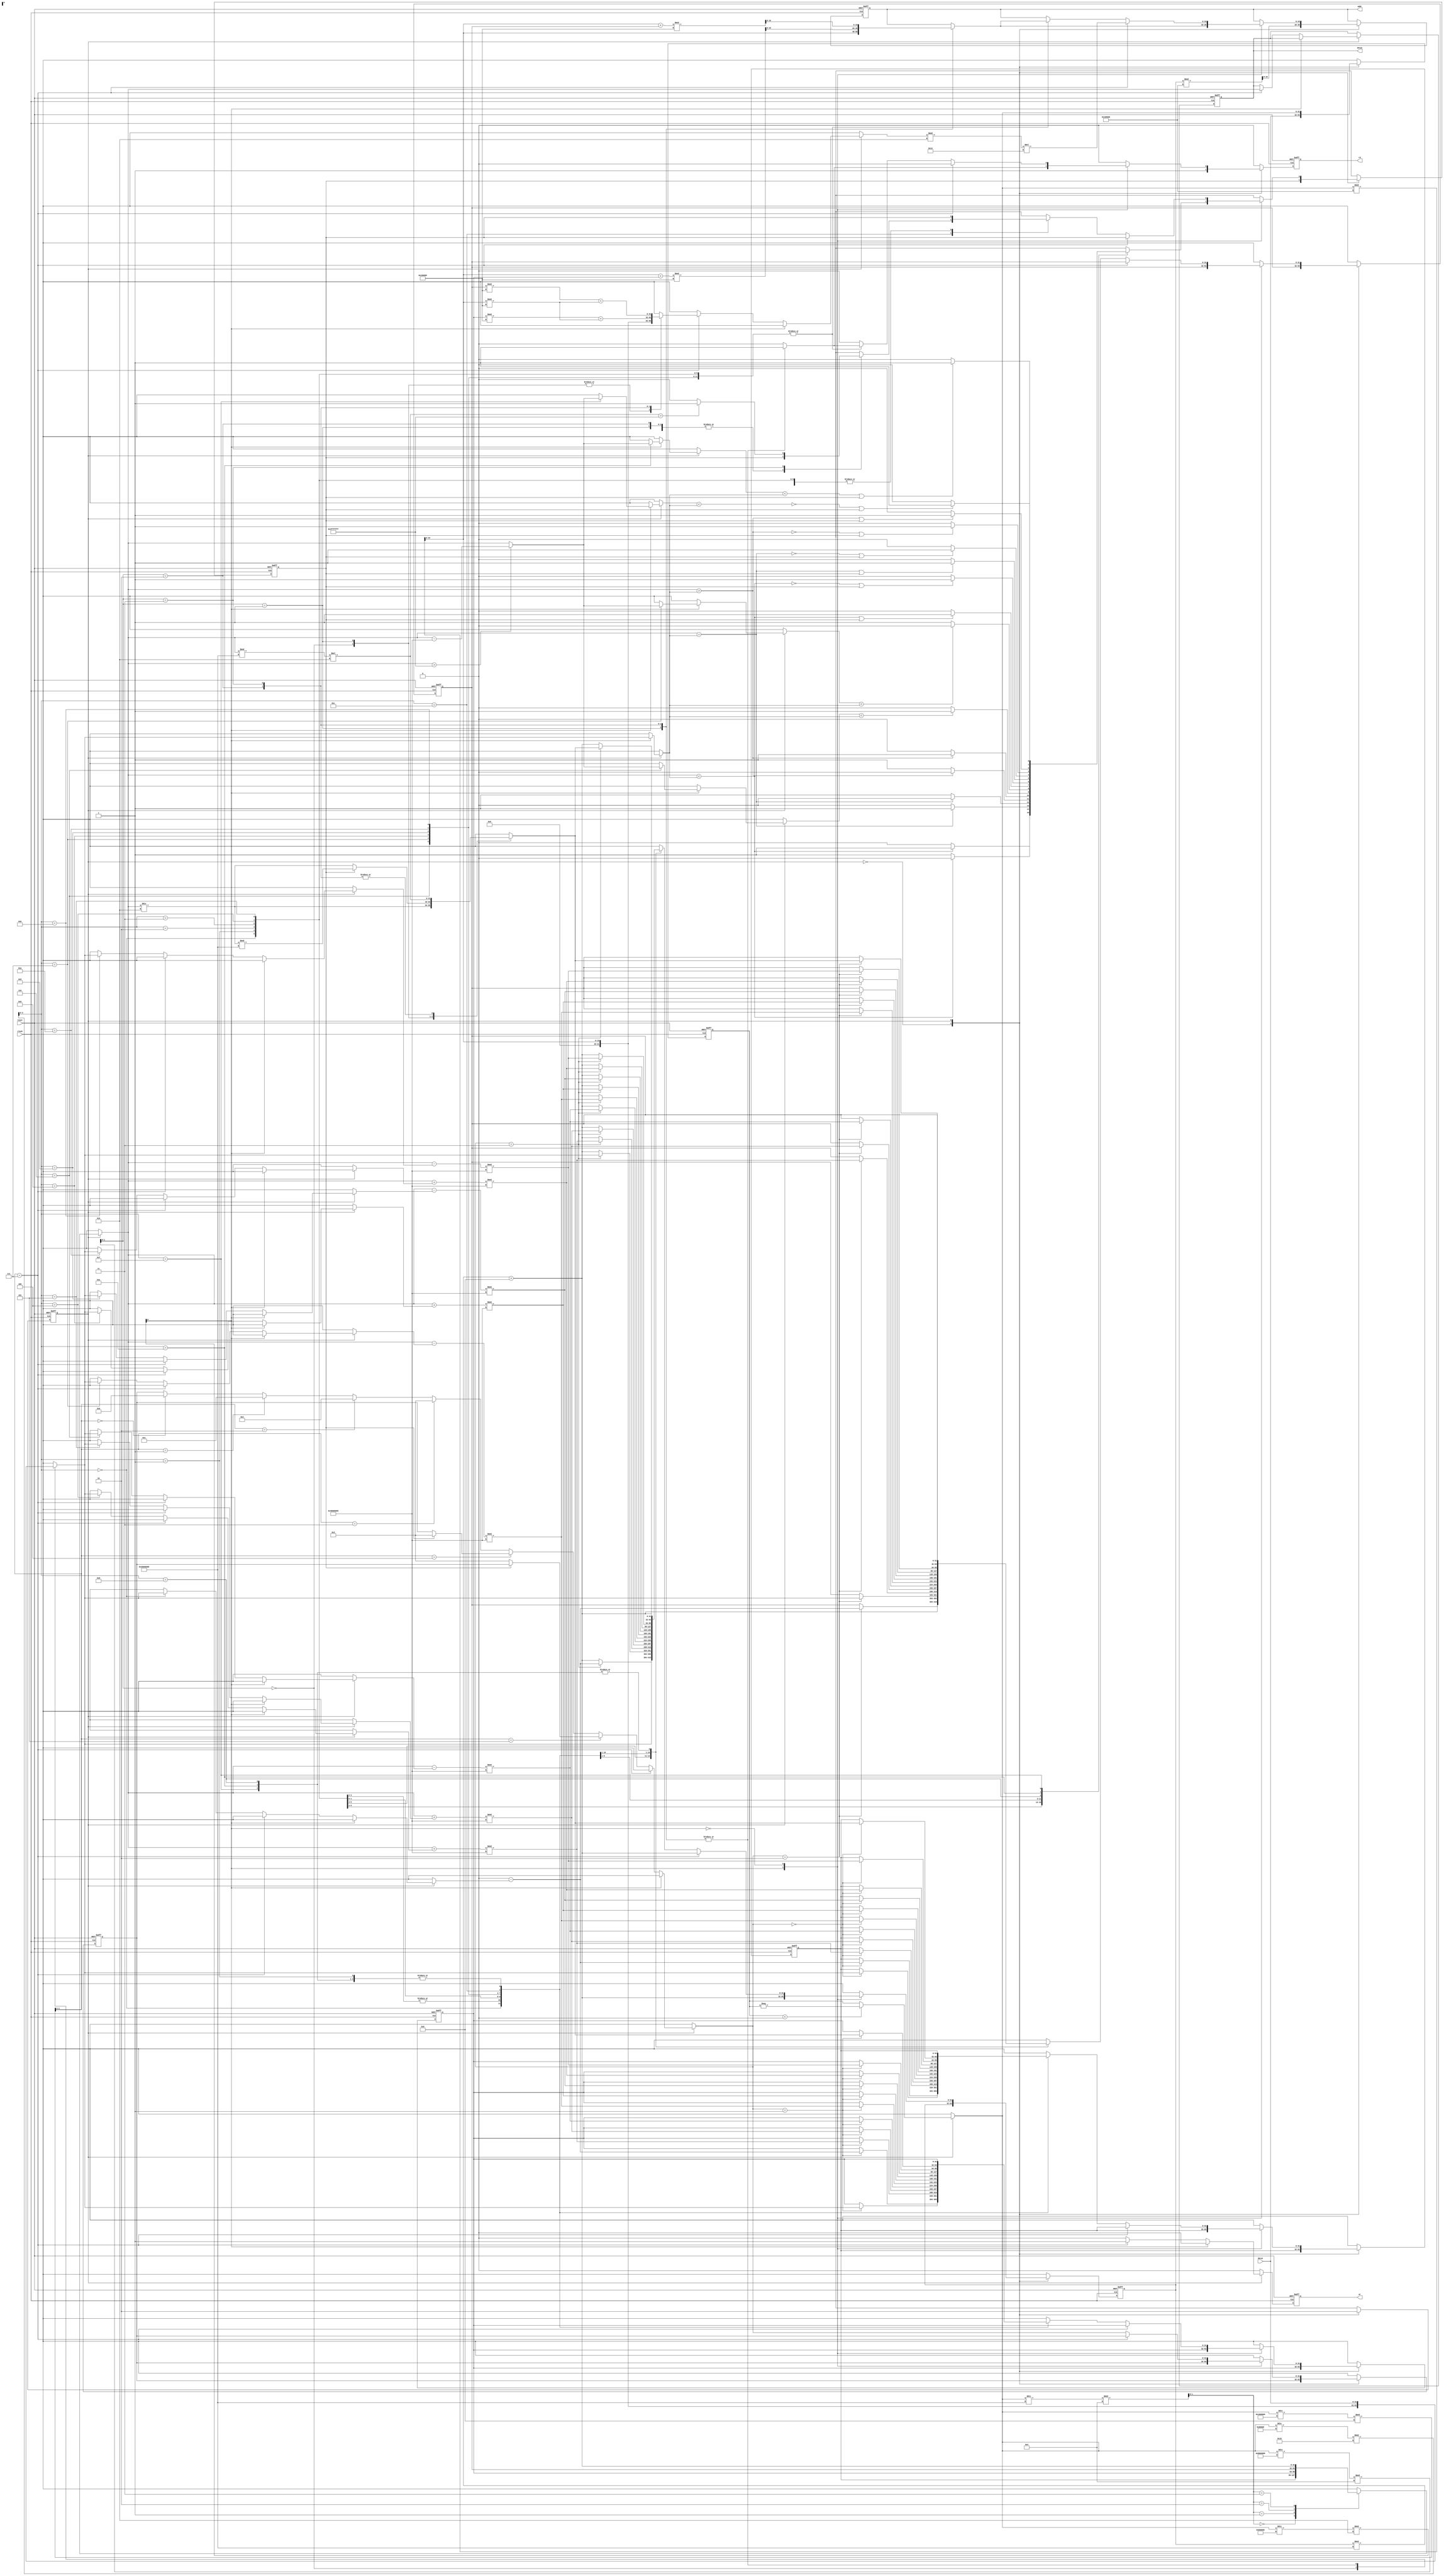
// This program was cloned from: https://github.com/HKUSTGZ-MICS-LYU/FlattenRTL
// License: MIT License

module b14 (
  input clock,
  input reset,
  output reg  [19:0] addr,
  input [31:0] datai,
  output integer datao,
  output reg  rd,
  output reg  wr) ; 
 parameter FETCH =0; 
 parameter EXEC =1; 
   reg [1:0] s ;  
   integer temp ;  
   integer d ;  
   integer t ;  
   integer m ;  
   integer r ;  
   reg [0:0] state ;  
   integer IR ;  
   reg [19:0] tail ;  
   reg [3:0] ff ;  
   reg [0:0] cf ;  
   reg [2:0] df ;  
   reg [1:0] mf ;  
   integer MBR ;  
   reg [19:0] MAR ;  
   reg B ;  
   integer reg3 ;  
   integer reg2 ;  
   integer reg1 ;  
   integer reg0 ;  
  always @(  posedge clock or  posedge reset)
       begin :xhdl0
         if (reset==1'b1)
            begin 
              MAR =0;
              MBR =0;
              IR =0;
              d =0;
              r =0;
              m =0;
              s =0;
              temp =0;
              mf =0;
              df =0;
              ff =0;
              cf =0;
              tail =0;
              B =1'b0;
              reg0 =0;
              reg1 =0;
              reg2 =0;
              reg3 =0;
              addr <=0;
              rd <=1'b0;
              wr <=1'b0;
              datao <=0;
              state =FETCH;
            end 
          else 
            begin 
              rd <=1'b0;
              wr <=1'b0;
              case (state)
               FETCH :
                  begin 
                    MAR =reg3%2**20;
                    addr <=MAR;
                    rd <=1'b1;
                    MBR =datai;
                    IR =MBR;
                    state =EXEC;
                  end 
               EXEC :
                  begin 
                    if (IR<0)
                       IR =-IR;
                    mf =(IR/2**27)%4;
                    df =(IR/2**24)%2**3;
                    ff =(IR/2**19)%2**4;
                    cf =(IR/2**23)%2;
                    tail =IR%2**20;
                    reg3 =((reg3%2**29)+8);
                    s =(IR/2**29)%4;
                    case (s)
                     0 :
                        r =reg0;
                     1 :
                        r =reg1;
                     2 :
                        r =reg2;
                     3 :
                        r =reg3;
                    endcase 
                    case (cf)
                     1 :
                        begin 
                          case (mf)
                           0 :
                              m =tail;
                           1 :
                              begin 
                                m =datai;
                                addr <=tail;
                                rd <=1'b1;
                              end 
                           2 :
                              begin 
                                addr <=(tail+reg1)%2**20;
                                rd <=1'b1;
                                m =datai;
                              end 
                           3 :
                              begin 
                                addr <=(tail+reg2)%2**20;
                                rd <=1'b1;
                                m =datai;
                              end 
                          endcase 
                          case (ff)
                           0 :
                              if (r<m)
                                 B =1'b1;
                               else 
                                 B =1'b0;
                           1 :
                              if (~(r<m))
                                 B =1'b1;
                               else 
                                 B =1'b0;
                           2 :
                              if (r==m)
                                 B =1'b1;
                               else 
                                 B =1'b0;
                           3 :
                              if (~(r==m))
                                 B =1'b1;
                               else 
                                 B =1'b0;
                           4 :
                              if (~(r>m))
                                 B =1'b1;
                               else 
                                 B =1'b0;
                           5 :
                              if (r>m)
                                 B =1'b1;
                               else 
                                 B =1'b0;
                           6 :
                              begin 
                                if (r>2**30-1)
                                   r =r-2**30;
                                if (r<m)
                                   B =1'b1;
                                 else 
                                   B =1'b0;
                              end 
                           7 :
                              begin 
                                if (r>2**30-1)
                                   r =r-2**30;
                                if (~(r<m))
                                   B =1'b1;
                                 else 
                                   B =1'b0;
                              end 
                           8 :
                              if ((r<m)|(B==1'b1))
                                 B =1'b1;
                               else 
                                 B =1'b0;
                           9 :
                              if ((~(r<m))|(B==1'b1))
                                 B =1'b1;
                               else 
                                 B =1'b0;
                           10 :
                              if ((r==m)|(B==1'b1))
                                 B =1'b1;
                               else 
                                 B =1'b0;
                           11 :
                              if ((~(r==m))|(B==1'b1))
                                 B =1'b1;
                               else 
                                 B =1'b0;
                           12 :
                              if ((~(r>m))|(B==1'b1))
                                 B =1'b1;
                               else 
                                 B =1'b0;
                           13 :
                              if ((r>m)|(B==1'b1))
                                 B =1'b1;
                               else 
                                 B =1'b0;
                           14 :
                              begin 
                                if (r>2**30-1)
                                   r =r-2**30;
                                if ((r<m)|(B==1'b1))
                                   B =1'b1;
                                 else 
                                   B =1'b0;
                              end 
                           15 :
                              begin 
                                if (r>2**30-1)
                                   r =r-2**30;
                                if ((~(r<m))|(B==1'b1))
                                   B =1'b1;
                                 else 
                                   B =1'b0;
                              end 
                          endcase 
                        end 
                     0 :
                        if (~(df==7))
                           begin 
                             if (df==5)
                                begin 
                                  if ((~(B))==1'b1)
                                     d =3;
                                end 
                              else 
                                if (df==4)
                                   begin 
                                     if (B==1'b1)
                                        d =3;
                                   end 
                                 else 
                                   if (df==3)
                                      d =3;
                                    else 
                                      if (df==2)
                                         d =2;
                                       else 
                                         if (df==1)
                                            d =1;
                                          else 
                                            if (df==0)
                                               d =0;
                             case (ff)
                              0 :
                                 begin 
                                   case (mf)
                                    0 :
                                       m =tail;
                                    1 :
                                       begin 
                                         m =datai;
                                         addr <=tail;
                                         rd <=1'b1;
                                       end 
                                    2 :
                                       begin 
                                         addr <=(tail+reg1)%2**20;
                                         rd <=1'b1;
                                         m =datai;
                                       end 
                                    3 :
                                       begin 
                                         addr <=(tail+reg2)%2**20;
                                         rd <=1'b1;
                                         m =datai;
                                       end 
                                   endcase 
                                   t =0;
                                   case (d)
                                    0 :
                                       reg0 =t-m;
                                    1 :
                                       reg1 =t-m;
                                    2 :
                                       reg2 =t-m;
                                    3 :
                                       reg3 =t-m;
                                    default :;
                                   endcase 
                                 end 
                              1 :
                                 begin 
                                   case (mf)
                                    0 :
                                       m =tail;
                                    1 :
                                       begin 
                                         m =datai;
                                         addr <=tail;
                                         rd <=1'b1;
                                       end 
                                    2 :
                                       begin 
                                         addr <=(tail+reg1)%2**20;
                                         rd <=1'b1;
                                         m =datai;
                                       end 
                                    3 :
                                       begin 
                                         addr <=(tail+reg2)%2**20;
                                         rd <=1'b1;
                                         m =datai;
                                       end 
                                   endcase 
                                   reg2 =reg3;
                                   reg3 =m;
                                 end 
                              2 :
                                 begin 
                                   case (mf)
                                    0 :
                                       m =tail;
                                    1 :
                                       begin 
                                         m =datai;
                                         addr <=tail;
                                         rd <=1'b1;
                                       end 
                                    2 :
                                       begin 
                                         addr <=(tail+reg1)%2**20;
                                         rd <=1'b1;
                                         m =datai;
                                       end 
                                    3 :
                                       begin 
                                         addr <=(tail+reg2)%2**20;
                                         rd <=1'b1;
                                         m =datai;
                                       end 
                                   endcase 
                                   case (d)
                                    0 :
                                       reg0 =m;
                                    1 :
                                       reg1 =m;
                                    2 :
                                       reg2 =m;
                                    3 :
                                       reg3 =m;
                                    default :;
                                   endcase 
                                 end 
                              3 :
                                 begin 
                                   case (mf)
                                    0 :
                                       m =tail;
                                    1 :
                                       begin 
                                         m =datai;
                                         addr <=tail;
                                         rd <=1'b1;
                                       end 
                                    2 :
                                       begin 
                                         addr <=(tail+reg1)%2**20;
                                         rd <=1'b1;
                                         m =datai;
                                       end 
                                    3 :
                                       begin 
                                         addr <=(tail+reg2)%2**20;
                                         rd <=1'b1;
                                         m =datai;
                                       end 
                                   endcase 
                                   case (d)
                                    0 :
                                       reg0 =m;
                                    1 :
                                       reg1 =m;
                                    2 :
                                       reg2 =m;
                                    3 :
                                       reg3 =m;
                                    default :;
                                   endcase 
                                 end 
                              4 :
                                 begin 
                                   case (mf)
                                    0 :
                                       m =tail;
                                    1 :
                                       begin 
                                         m =datai;
                                         addr <=tail;
                                         rd <=1'b1;
                                       end 
                                    2 :
                                       begin 
                                         addr <=(tail+reg1)%2**20;
                                         rd <=1'b1;
                                         m =datai;
                                       end 
                                    3 :
                                       begin 
                                         addr <=(tail+reg2)%2**20;
                                         rd <=1'b1;
                                         m =datai;
                                       end 
                                   endcase 
                                   case (d)
                                    0 :
                                       reg0 =(r+m)%2**30;
                                    1 :
                                       reg1 =(r+m)%2**30;
                                    2 :
                                       reg2 =(r+m)%2**30;
                                    3 :
                                       reg3 =(r+m)%2**30;
                                    default :;
                                   endcase 
                                 end 
                              5 :
                                 begin 
                                   case (mf)
                                    0 :
                                       m =tail;
                                    1 :
                                       begin 
                                         m =datai;
                                         addr <=tail;
                                         rd <=1'b1;
                                       end 
                                    2 :
                                       begin 
                                         addr <=(tail+reg1)%2**20;
                                         rd <=1'b1;
                                         m =datai;
                                       end 
                                    3 :
                                       begin 
                                         addr <=(tail+reg2)%2**20;
                                         rd <=1'b1;
                                         m =datai;
                                       end 
                                   endcase 
                                   case (d)
                                    0 :
                                       reg0 =(r+m)%2**30;
                                    1 :
                                       reg1 =(r+m)%2**30;
                                    2 :
                                       reg2 =(r+m)%2**30;
                                    3 :
                                       reg3 =(r+m)%2**30;
                                    default :;
                                   endcase 
                                 end 
                              6 :
                                 begin 
                                   case (mf)
                                    0 :
                                       m =tail;
                                    1 :
                                       begin 
                                         m =datai;
                                         addr <=tail;
                                         rd <=1'b1;
                                       end 
                                    2 :
                                       begin 
                                         addr <=(tail+reg1)%2**20;
                                         rd <=1'b1;
                                         m =datai;
                                       end 
                                    3 :
                                       begin 
                                         addr <=(tail+reg2)%2**20;
                                         rd <=1'b1;
                                         m =datai;
                                       end 
                                   endcase 
                                   case (d)
                                    0 :
                                       reg0 =(r-m)%2**30;
                                    1 :
                                       reg1 =(r-m)%2**30;
                                    2 :
                                       reg2 =(r-m)%2**30;
                                    3 :
                                       reg3 =(r-m)%2**30;
                                    default :;
                                   endcase 
                                 end 
                              7 :
                                 begin 
                                   case (mf)
                                    0 :
                                       m =tail;
                                    1 :
                                       begin 
                                         m =datai;
                                         addr <=tail;
                                         rd <=1'b1;
                                       end 
                                    2 :
                                       begin 
                                         addr <=(tail+reg1)%2**20;
                                         rd <=1'b1;
                                         m =datai;
                                       end 
                                    3 :
                                       begin 
                                         addr <=(tail+reg2)%2**20;
                                         rd <=1'b1;
                                         m =datai;
                                       end 
                                   endcase 
                                   case (d)
                                    0 :
                                       reg0 =(r-m)%2**30;
                                    1 :
                                       reg1 =(r-m)%2**30;
                                    2 :
                                       reg2 =(r-m)%2**30;
                                    3 :
                                       reg3 =(r-m)%2**30;
                                    default :;
                                   endcase 
                                 end 
                              8 :
                                 begin 
                                   case (mf)
                                    0 :
                                       m =tail;
                                    1 :
                                       begin 
                                         m =datai;
                                         addr <=tail;
                                         rd <=1'b1;
                                       end 
                                    2 :
                                       begin 
                                         addr <=(tail+reg1)%2**20;
                                         rd <=1'b1;
                                         m =datai;
                                       end 
                                    3 :
                                       begin 
                                         addr <=(tail+reg2)%2**20;
                                         rd <=1'b1;
                                         m =datai;
                                       end 
                                   endcase 
                                   case (d)
                                    0 :
                                       reg0 =(r+m)%2**30;
                                    1 :
                                       reg1 =(r+m)%2**30;
                                    2 :
                                       reg2 =(r+m)%2**30;
                                    3 :
                                       reg3 =(r+m)%2**30;
                                    default :;
                                   endcase 
                                 end 
                              9 :
                                 begin 
                                   case (mf)
                                    0 :
                                       m =tail;
                                    1 :
                                       begin 
                                         m =datai;
                                         addr <=tail;
                                         rd <=1'b1;
                                       end 
                                    2 :
                                       begin 
                                         addr <=(tail+reg1)%2**20;
                                         rd <=1'b1;
                                         m =datai;
                                       end 
                                    3 :
                                       begin 
                                         addr <=(tail+reg2)%2**20;
                                         rd <=1'b1;
                                         m =datai;
                                       end 
                                   endcase 
                                   case (d)
                                    0 :
                                       reg0 =(r-m)%2**30;
                                    1 :
                                       reg1 =(r-m)%2**30;
                                    2 :
                                       reg2 =(r-m)%2**30;
                                    3 :
                                       reg3 =(r-m)%2**30;
                                    default :;
                                   endcase 
                                 end 
                              10 :
                                 begin 
                                   case (mf)
                                    0 :
                                       m =tail;
                                    1 :
                                       begin 
                                         m =datai;
                                         addr <=tail;
                                         rd <=1'b1;
                                       end 
                                    2 :
                                       begin 
                                         addr <=(tail+reg1)%2**20;
                                         rd <=1'b1;
                                         m =datai;
                                       end 
                                    3 :
                                       begin 
                                         addr <=(tail+reg2)%2**20;
                                         rd <=1'b1;
                                         m =datai;
                                       end 
                                   endcase 
                                   case (d)
                                    0 :
                                       reg0 =(r+m)%2**30;
                                    1 :
                                       reg1 =(r+m)%2**30;
                                    2 :
                                       reg2 =(r+m)%2**30;
                                    3 :
                                       reg3 =(r+m)%2**30;
                                    default :;
                                   endcase 
                                 end 
                              11 :
                                 begin 
                                   case (mf)
                                    0 :
                                       m =tail;
                                    1 :
                                       begin 
                                         m =datai;
                                         addr <=tail;
                                         rd <=1'b1;
                                       end 
                                    2 :
                                       begin 
                                         addr <=(tail+reg1)%2**20;
                                         rd <=1'b1;
                                         m =datai;
                                       end 
                                    3 :
                                       begin 
                                         addr <=(tail+reg2)%2**20;
                                         rd <=1'b1;
                                         m =datai;
                                       end 
                                   endcase 
                                   case (d)
                                    0 :
                                       reg0 =(r-m)%2**30;
                                    1 :
                                       reg1 =(r-m)%2**30;
                                    2 :
                                       reg2 =(r-m)%2**30;
                                    3 :
                                       reg3 =(r-m)%2**30;
                                    default :;
                                   endcase 
                                 end 
                              12 :
                                 begin 
                                   case (mf)
                                    0 :
                                       t =r/2;
                                    1 :
                                       begin 
                                         t =r/2;
                                         if (B==1'b1)
                                            t =t%2**29;
                                       end 
                                    2 :
                                       t =(r%2**29)*2;
                                    3 :
                                       begin 
                                         t =(r%2**29)*2;
                                         if (t>2**30-1)
                                            B =1'b1;
                                          else 
                                            B =1'b0;
                                       end 
                                    default :;
                                   endcase 
                                   case (d)
                                    0 :
                                       reg0 =t;
                                    1 :
                                       reg1 =t;
                                    2 :
                                       reg2 =t;
                                    3 :
                                       reg3 =t;
                                    default :;
                                   endcase 
                                 end 
                              13 ,14,15:;
                             endcase 
                           end 
                         else 
                           if (df==7)
                              begin 
                                case (mf)
                                 0 :
                                    m =tail;
                                 1 :
                                    m =tail;
                                 2 :
                                    m =(reg1%2**20)+(tail%2**20);
                                 3 :
                                    m =(reg2%2**20)+(tail%2**20);
                                endcase 
                                addr <=m%2*20;
                                wr <=1'b1;
                                datao <=r;
                              end 
                    endcase 
                    state =FETCH;
                  end 
              endcase 
            end 
       end
  
endmodule
 
module b14rev (
  input clock,
  input reset,
  output reg  [19:0] addr,
  input [31:0] datai,
  output integer datao,
  output reg  rd,
  output reg  wr) ; 
 parameter FETCH =0; 
 parameter EXEC =1; 
   reg [1:0] s ;  
   integer temp ;  
   integer d ;  
   integer t ;  
   integer m ;  
   integer r ;  
   reg [0:0] state ;  
   integer IR ;  
   reg [19:0] tail ;  
   reg [3:0] ff ;  
   reg [0:0] cf ;  
   reg [2:0] df ;  
   reg [1:0] mf ;  
   integer MBR ;  
   reg [19:0] MAR ;  
   reg B ;  
   integer reg3 ;  
   integer reg2 ;  
   integer reg1 ;  
   integer reg0 ;  
  always @(  posedge clock or  posedge reset)
       begin :xhdl1
         if (reset==1'b1)
            begin 
              MAR =0;
              MBR =0;
              IR =0;
              d =0;
              r =0;
              m =0;
              s =0;
              temp =0;
              mf =0;
              df =0;
              ff =0;
              cf =0;
              tail =0;
              B =1'b0;
              reg0 =0;
              reg1 =0;
              reg2 =0;
              reg3 =0;
              addr <=0;
              rd <=1'b0;
              wr <=1'b0;
              datao <=0;
              state =FETCH;
            end 
          else 
            begin 
              rd <=1'b0;
              wr <=1'b0;
              case (state)
               FETCH :
                  begin 
                    MAR =reg3%2**20;
                    addr <=MAR;
                    rd <=1'b1;
                    MBR =datai;
                    IR =MBR;
                    state =EXEC;
                  end 
               EXEC :
                  begin 
                    if (IR<0)
                       IR =-IR;
                    mf =(IR/2**27)%4;
                    df =(IR/2**24)%2**3;
                    ff =(IR/2**19)%2**4;
                    cf =(IR/2**23)%2;
                    tail =IR%2**20;
                    reg3 =((reg3%2**29)-8);
                    s =(IR/2**29)%4;
                    case (s)
                     0 :
                        r =reg0;
                     1 :
                        r =reg1;
                     2 :
                        r =reg2;
                     3 :
                        r =reg3;
                    endcase 
                    case (cf)
                     1 :
                        begin 
                          case (mf)
                           0 :
                              m =tail;
                           1 :
                              begin 
                                m =datai;
                                addr <=tail;
                                rd <=1'b1;
                              end 
                           2 :
                              begin 
                                addr <=(tail-reg1)%2**20;
                                rd <=1'b1;
                                m =datai;
                              end 
                           3 :
                              begin 
                                addr <=(tail-reg2)%2**20;
                                rd <=1'b1;
                                m =datai;
                              end 
                          endcase 
                          case (ff)
                           0 :
                              if (r<m)
                                 B =1'b1;
                               else 
                                 B =1'b0;
                           1 :
                              if (~(r<m))
                                 B =1'b1;
                               else 
                                 B =1'b0;
                           2 :
                              if (r==m)
                                 B =1'b1;
                               else 
                                 B =1'b0;
                           3 :
                              if (~(r==m))
                                 B =1'b1;
                               else 
                                 B =1'b0;
                           4 :
                              if (~(r>m))
                                 B =1'b1;
                               else 
                                 B =1'b0;
                           5 :
                              if (r>m)
                                 B =1'b1;
                               else 
                                 B =1'b0;
                           6 :
                              begin 
                                if (r>2**30-1)
                                   r =r-2**30;
                                if (r<m)
                                   B =1'b1;
                                 else 
                                   B =1'b0;
                              end 
                           7 :
                              begin 
                                if (r>2**30-1)
                                   r =r-2**30;
                                if (~(r<m))
                                   B =1'b1;
                                 else 
                                   B =1'b0;
                              end 
                           8 :
                              if ((r<m)|(B==1'b1))
                                 B =1'b1;
                               else 
                                 B =1'b0;
                           9 :
                              if ((~(r<m))|(B==1'b1))
                                 B =1'b1;
                               else 
                                 B =1'b0;
                           10 :
                              if ((r==m)|(B==1'b1))
                                 B =1'b1;
                               else 
                                 B =1'b0;
                           11 :
                              if ((~(r==m))|(B==1'b1))
                                 B =1'b1;
                               else 
                                 B =1'b0;
                           12 :
                              if ((~(r>m))|(B==1'b1))
                                 B =1'b1;
                               else 
                                 B =1'b0;
                           13 :
                              if ((r>m)|(B==1'b1))
                                 B =1'b1;
                               else 
                                 B =1'b0;
                           14 :
                              begin 
                                if (r>2**30-1)
                                   r =r-2**30;
                                if ((r<m)|(B==1'b1))
                                   B =1'b1;
                                 else 
                                   B =1'b0;
                              end 
                           15 :
                              begin 
                                if (r>2**30-1)
                                   r =r-2**30;
                                if ((~(r<m))|(B==1'b1))
                                   B =1'b1;
                                 else 
                                   B =1'b0;
                              end 
                          endcase 
                        end 
                     0 :
                        if (~(df==7))
                           begin 
                             if (df==5)
                                begin 
                                  if ((~(B))==1'b1)
                                     d =3;
                                end 
                              else 
                                if (df==4)
                                   begin 
                                     if (B==1'b1)
                                        d =3;
                                   end 
                                 else 
                                   if (df==3)
                                      d =3;
                                    else 
                                      if (df==2)
                                         d =2;
                                       else 
                                         if (df==1)
                                            d =1;
                                          else 
                                            if (df==0)
                                               d =0;
                             case (ff)
                              0 :
                                 begin 
                                   case (mf)
                                    0 :
                                       m =tail;
                                    1 :
                                       begin 
                                         m =datai;
                                         addr <=tail;
                                         rd <=1'b1;
                                       end 
                                    2 :
                                       begin 
                                         addr <=(tail-reg1)%2**20;
                                         rd <=1'b1;
                                         m =datai;
                                       end 
                                    3 :
                                       begin 
                                         addr <=(tail-reg2)%2**20;
                                         rd <=1'b1;
                                         m =datai;
                                       end 
                                   endcase 
                                   t =0;
                                   case (d)
                                    0 :
                                       reg0 =t+m;
                                    1 :
                                       reg1 =t+m;
                                    2 :
                                       reg2 =t+m;
                                    3 :
                                       reg3 =t+m;
                                    default :;
                                   endcase 
                                 end 
                              1 :
                                 begin 
                                   case (mf)
                                    0 :
                                       m =tail;
                                    1 :
                                       begin 
                                         m =datai;
                                         addr <=tail;
                                         rd <=1'b1;
                                       end 
                                    2 :
                                       begin 
                                         addr <=(tail-reg1)%2**20;
                                         rd <=1'b1;
                                         m =datai;
                                       end 
                                    3 :
                                       begin 
                                         addr <=(tail-reg2)%2**20;
                                         rd <=1'b1;
                                         m =datai;
                                       end 
                                   endcase 
                                   reg2 =reg3;
                                   reg3 =m;
                                 end 
                              2 :
                                 begin 
                                   case (mf)
                                    0 :
                                       m =tail;
                                    1 :
                                       begin 
                                         m =datai;
                                         addr <=tail;
                                         rd <=1'b1;
                                       end 
                                    2 :
                                       begin 
                                         addr <=(tail-reg1)%2**20;
                                         rd <=1'b1;
                                         m =datai;
                                       end 
                                    3 :
                                       begin 
                                         addr <=(tail-reg2)%2**20;
                                         rd <=1'b1;
                                         m =datai;
                                       end 
                                   endcase 
                                   case (d)
                                    0 :
                                       reg0 =m;
                                    1 :
                                       reg1 =m;
                                    2 :
                                       reg2 =m;
                                    3 :
                                       reg3 =m;
                                    default :;
                                   endcase 
                                 end 
                              3 :
                                 begin 
                                   case (mf)
                                    0 :
                                       m =tail;
                                    1 :
                                       begin 
                                         m =datai;
                                         addr <=tail;
                                         rd <=1'b1;
                                       end 
                                    2 :
                                       begin 
                                         addr <=(tail-reg1)%2**20;
                                         rd <=1'b1;
                                         m =datai;
                                       end 
                                    3 :
                                       begin 
                                         addr <=(tail-reg2)%2**20;
                                         rd <=1'b1;
                                         m =datai;
                                       end 
                                   endcase 
                                   case (d)
                                    0 :
                                       reg0 =m;
                                    1 :
                                       reg1 =m;
                                    2 :
                                       reg2 =m;
                                    3 :
                                       reg3 =m;
                                    default :;
                                   endcase 
                                 end 
                              4 :
                                 begin 
                                   case (mf)
                                    0 :
                                       m =tail;
                                    1 :
                                       begin 
                                         m =datai;
                                         addr <=tail;
                                         rd <=1'b1;
                                       end 
                                    2 :
                                       begin 
                                         addr <=(tail-reg1)%2**20;
                                         rd <=1'b1;
                                         m =datai;
                                       end 
                                    3 :
                                       begin 
                                         addr <=(tail-reg2)%2**20;
                                         rd <=1'b1;
                                         m =datai;
                                       end 
                                   endcase 
                                   case (d)
                                    0 :
                                       reg0 =(r-m)%2**30;
                                    1 :
                                       reg1 =(r-m)%2**30;
                                    2 :
                                       reg2 =(r-m)%2**30;
                                    3 :
                                       reg3 =(r-m)%2**30;
                                    default :;
                                   endcase 
                                 end 
                              5 :
                                 begin 
                                   case (mf)
                                    0 :
                                       m =tail;
                                    1 :
                                       begin 
                                         m =datai;
                                         addr <=tail;
                                         rd <=1'b1;
                                       end 
                                    2 :
                                       begin 
                                         addr <=(tail-reg1)%2**20;
                                         rd <=1'b1;
                                         m =datai;
                                       end 
                                    3 :
                                       begin 
                                         addr <=(tail-reg2)%2**20;
                                         rd <=1'b1;
                                         m =datai;
                                       end 
                                   endcase 
                                   case (d)
                                    0 :
                                       reg0 =(r-m)%2**30;
                                    1 :
                                       reg1 =(r-m)%2**30;
                                    2 :
                                       reg2 =(r-m)%2**30;
                                    3 :
                                       reg3 =(r-m)%2**30;
                                    default :;
                                   endcase 
                                 end 
                              6 :
                                 begin 
                                   case (mf)
                                    0 :
                                       m =tail;
                                    1 :
                                       begin 
                                         m =datai;
                                         addr <=tail;
                                         rd <=1'b1;
                                       end 
                                    2 :
                                       begin 
                                         addr <=(tail-reg1)%2**20;
                                         rd <=1'b1;
                                         m =datai;
                                       end 
                                    3 :
                                       begin 
                                         addr <=(tail-reg2)%2**20;
                                         rd <=1'b1;
                                         m =datai;
                                       end 
                                   endcase 
                                   case (d)
                                    0 :
                                       reg0 =(r+m)%2**30;
                                    1 :
                                       reg1 =(r+m)%2**30;
                                    2 :
                                       reg2 =(r+m)%2**30;
                                    3 :
                                       reg3 =(r+m)%2**30;
                                    default :;
                                   endcase 
                                 end 
                              7 :
                                 begin 
                                   case (mf)
                                    0 :
                                       m =tail;
                                    1 :
                                       begin 
                                         m =datai;
                                         addr <=tail;
                                         rd <=1'b1;
                                       end 
                                    2 :
                                       begin 
                                         addr <=(tail-reg1)%2**20;
                                         rd <=1'b1;
                                         m =datai;
                                       end 
                                    3 :
                                       begin 
                                         addr <=(tail-reg2)%2**20;
                                         rd <=1'b1;
                                         m =datai;
                                       end 
                                   endcase 
                                   case (d)
                                    0 :
                                       reg0 =(r+m)%2**30;
                                    1 :
                                       reg1 =(r+m)%2**30;
                                    2 :
                                       reg2 =(r+m)%2**30;
                                    3 :
                                       reg3 =(r+m)%2**30;
                                    default :;
                                   endcase 
                                 end 
                              8 :
                                 begin 
                                   case (mf)
                                    0 :
                                       m =tail;
                                    1 :
                                       begin 
                                         m =datai;
                                         addr <=tail;
                                         rd <=1'b1;
                                       end 
                                    2 :
                                       begin 
                                         addr <=(tail-reg1)%2**20;
                                         rd <=1'b1;
                                         m =datai;
                                       end 
                                    3 :
                                       begin 
                                         addr <=(tail-reg2)%2**20;
                                         rd <=1'b1;
                                         m =datai;
                                       end 
                                   endcase 
                                   case (d)
                                    0 :
                                       reg0 =(r-m)%2**30;
                                    1 :
                                       reg1 =(r-m)%2**30;
                                    2 :
                                       reg2 =(r-m)%2**30;
                                    3 :
                                       reg3 =(r-m)%2**30;
                                    default :;
                                   endcase 
                                 end 
                              9 :
                                 begin 
                                   case (mf)
                                    0 :
                                       m =tail;
                                    1 :
                                       begin 
                                         m =datai;
                                         addr <=tail;
                                         rd <=1'b1;
                                       end 
                                    2 :
                                       begin 
                                         addr <=(tail-reg1)%2**20;
                                         rd <=1'b1;
                                         m =datai;
                                       end 
                                    3 :
                                       begin 
                                         addr <=(tail-reg2)%2**20;
                                         rd <=1'b1;
                                         m =datai;
                                       end 
                                   endcase 
                                   case (d)
                                    0 :
                                       reg0 =(r+m)%2**30;
                                    1 :
                                       reg1 =(r+m)%2**30;
                                    2 :
                                       reg2 =(r+m)%2**30;
                                    3 :
                                       reg3 =(r+m)%2**30;
                                    default :;
                                   endcase 
                                 end 
                              10 :
                                 begin 
                                   case (mf)
                                    0 :
                                       m =tail;
                                    1 :
                                       begin 
                                         m =datai;
                                         addr <=tail;
                                         rd <=1'b1;
                                       end 
                                    2 :
                                       begin 
                                         addr <=(tail-reg1)%2**20;
                                         rd <=1'b1;
                                         m =datai;
                                       end 
                                    3 :
                                       begin 
                                         addr <=(tail-reg2)%2**20;
                                         rd <=1'b1;
                                         m =datai;
                                       end 
                                   endcase 
                                   case (d)
                                    0 :
                                       reg0 =(r-m)%2**30;
                                    2 :
                                       reg1 =(r-m)%2**30;
                                    1 :
                                       reg2 =(r-m)%2**30;
                                    3 :
                                       reg3 =(r-m)%2**30;
                                    default :;
                                   endcase 
                                 end 
                              11 :
                                 begin 
                                   case (mf)
                                    0 :
                                       m =tail;
                                    1 :
                                       begin 
                                         m =datai;
                                         addr <=tail;
                                         rd <=1'b1;
                                       end 
                                    2 :
                                       begin 
                                         addr <=(tail-reg1)%2**20;
                                         rd <=1'b1;
                                         m =datai;
                                       end 
                                    3 :
                                       begin 
                                         addr <=(tail-reg2)%2**20;
                                         rd <=1'b1;
                                         m =datai;
                                       end 
                                   endcase 
                                   case (d)
                                    3 :
                                       reg0 =(r+m)%2**30;
                                    1 :
                                       reg1 =(r+m)%2**30;
                                    2 :
                                       reg2 =(r+m)%2**30;
                                    0 :
                                       reg3 =(r+m)%2**30;
                                    default :;
                                   endcase 
                                 end 
                              12 :
                                 begin 
                                   case (mf)
                                    0 :
                                       t =r/2;
                                    3 :
                                       begin 
                                         t =r/2;
                                         if (B==1'b1)
                                            t =t%2**29;
                                       end 
                                    1 :
                                       t =(r%2**29)*2;
                                    2 :
                                       begin 
                                         t =(r%2**29)*2;
                                         if (t>2**30-1)
                                            B =1'b1;
                                          else 
                                            B =1'b0;
                                       end 
                                    default :;
                                   endcase 
                                   case (d)
                                    3 :
                                       reg0 =t;
                                    2 :
                                       reg1 =t;
                                    1 :
                                       reg2 =t;
                                    0 :
                                       reg3 =t;
                                    default :;
                                   endcase 
                                 end 
                              13 ,14,15:;
                             endcase 
                           end 
                         else 
                           if (df==7)
                              begin 
                                case (mf)
                                 3 :
                                    m =tail;
                                 2 :
                                    m =tail;
                                 0 :
                                    m =(reg1%2**20)-(tail%2**20);
                                 1 :
                                    m =(reg2%2**20)-(tail%2**20);
                                endcase 
                                addr <=m%2**20;
                                wr <=1'b1;
                                datao <=r;
                              end 
                    endcase 
                    state =FETCH;
                  end 
              endcase 
            end 
       end
  
endmodule
 
module b20 (
  input clock,
  input reset,
  input [31:0] si,
  output reg  [19:0] so,
  output reg  rd,
  output reg  wr) ; 
   wire [19:0] addr_1 ;  
   wire [19:0] addr_2 ;  
   integer datai_1 ;  
   integer datai_2 ;  
   wire [31:0] datao_1 ;  
   wire [31:0] datao_2 ;  
   wire rd_1 ;  
   wire rd_2 ;  
   wire wr_1 ;  
   wire wr_2 ;  
  b14 P1(clock,reset,addr_1,datai_1,datao_1,rd_1,wr_1); 
  b14rev P2(clock,reset,addr_2,datai_2,datao_2,rd_2,wr_2); 
  always @(         addr_1 or  addr_2 or  rd_1 or  rd_2 or  wr_1 or  wr_2 or  datao_1 or  datao_2 or  si)
       begin 
         so <=(addr_1+addr_2)%2**20;
         rd <=rd_1^(~rd_2);
         wr <=wr_1^(~wr_2);
         if ((addr_1<2**19&addr_2<2**19&rd_1==1'b0)|(addr_1>2**19-1&addr_2>2**19-1&rd_2==1'b0))
            begin 
              datai_1 <=datao_2+si;
              datai_2 <=datao_1;
            end 
          else 
            begin 
              datai_1 <=datao_2;
              datai_2 <=datao_1+si;
            end 
       end
  
endmodule